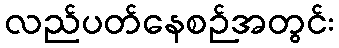
လည်ပတ်နေစဉ်အတွင်း